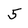
Character: 5